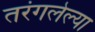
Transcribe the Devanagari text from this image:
तरंगलेल्या